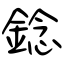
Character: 錜